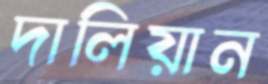
দালিয়ান